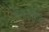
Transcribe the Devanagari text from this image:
मैक्रोफैज